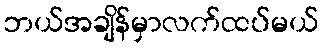
ဘယ်အချိန်မှာလက်ထပ်မယ်